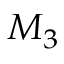
M _ { 3 }